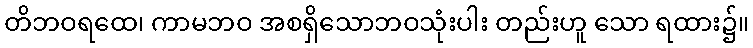
တိဘဝရထေ၊ ကာမဘဝ အစရှိသောဘဝသုံးပါး တည်းဟူ သော ရထား၌။